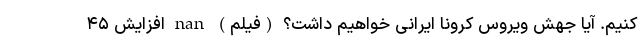
کنیم. آیا جهش ویروس کرونا ایرانی خواهیم داشت؟ (فیلم) nan افزایش ۴۵